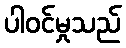
ပါဝင်မှုသည်